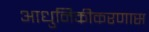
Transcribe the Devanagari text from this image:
आधुनिकीकरणास